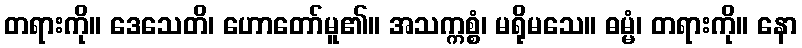
တရားကို။ ဒေသေတိ၊ ဟောတော်မူ၏။ အသက္ကစ္စံ၊ မရိုမသေ။ ဓမ္မံ၊ တရားကို။ နော